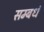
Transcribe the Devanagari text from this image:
सम्बधं